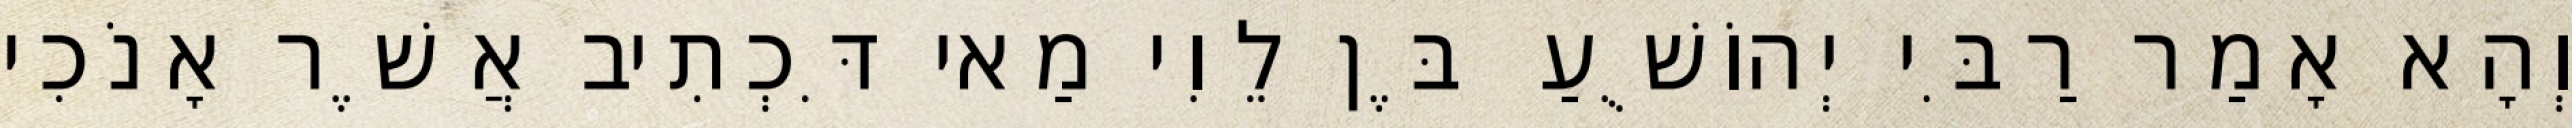
וְהָא אָמַר רַבִּי יְהוֹשֻׁעַ בֶּן לֵוִי מַאי דִּכְתִיב אֲשֶׁר אָנֹכִי